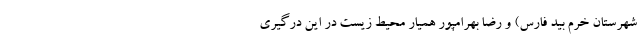
شهرستان خرم بید فارس) و رضا بهرامپور همیار محیط زیست در این درگیری